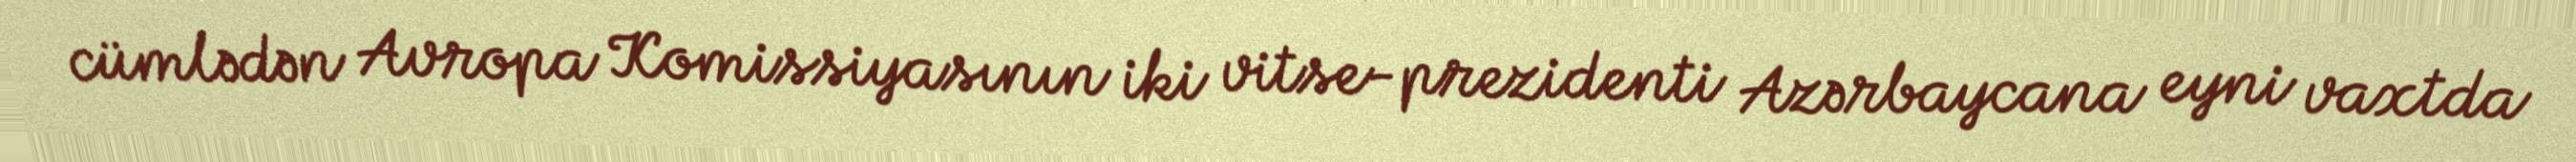
cümlədən Avropa Komissiyasının iki vitse-prezidenti Azərbaycana eyni vaxtda